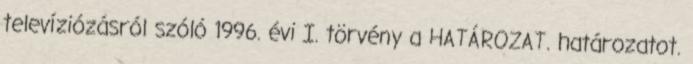
televíziózásról szóló 1996. évi I. törvény a HATÁROZAT. határozatot.